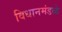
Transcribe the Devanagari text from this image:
विधानमंडळे